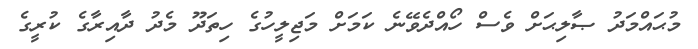
މުޙައްމަދު ޞާލިޙަށް ވެސް ހޯއްދެވޭނެ ކަމަށް މަޖިލީހުގެ ހިތަދޫ މެދު ދާއިރާގެ ކުރީގެ